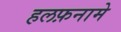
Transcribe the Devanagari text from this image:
हलफ़नामे